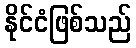
နိုင်ငံဖြစ်သည်